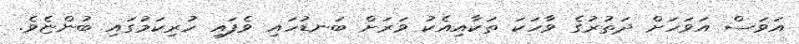
އަވަސް އަވަހަށް ދަތުރުގެ ވާހަކަ ތަކާއިއެކު ވަރަށް ބަނޑުހައި ވެފައި ހުރިކަމުގައި ބުންޏެވެ.